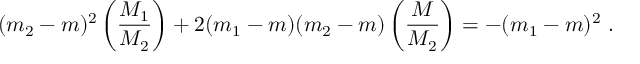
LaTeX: ( m _ { 2 } - m ) ^ { 2 } \left( \frac { \displaystyle M _ { 1 } } { \displaystyle M _ { 2 } } \right) + 2 ( m _ { 1 } - m ) ( m _ { 2 } - m ) \left( \frac { \displaystyle M } { \displaystyle M _ { 2 } } \right) = - ( m _ { 1 } - m ) ^ { 2 } \ .